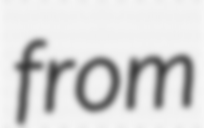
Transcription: from